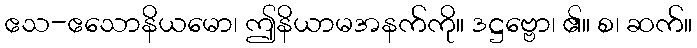
ဧသ-ဧသောနိယမော၊ ဤနိယာမအနက်ကို။ ဒဋ္ဌဗ္ဗော၊ ၏။ စ၊ ဆက်။